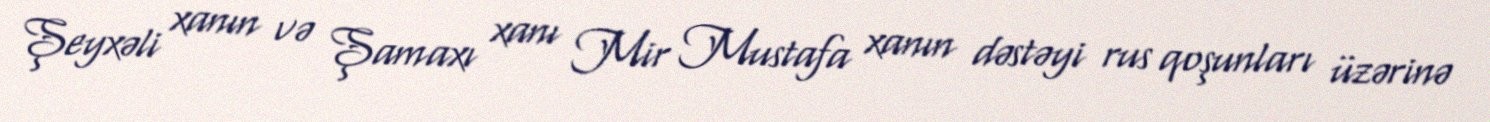
Şeyxəli xanın və Şamaxı xanı Mir Mustafa xanın dəstəyi rus qoşunları üzərinə